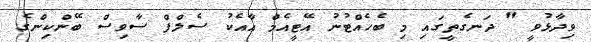
ވިދާޅުވީ " ދަނގެތީގައި މި ބެހެއްޓުނު އޭޓީއެމް އާއެކު ސެލްފް ސާވިސް ބޭންކިންގެ